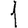
Digit: 1